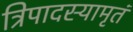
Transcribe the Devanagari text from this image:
त्रिपादस्यामृतं